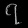
Digit: ၇